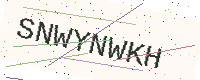
Text: SNWYNWKH